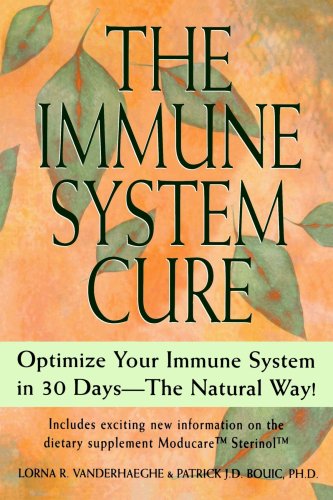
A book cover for The Immune System Cure: Optimize Your Immune System in 30 Days-The Natural Way!; Lorna Vanderheaghe; Health, Fitness & Dieting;